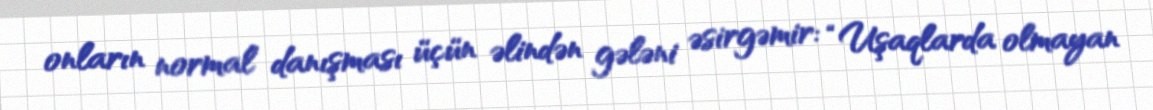
onların normal danışması üçün əlindən gələni əsirgəmir: “Uşaqlarda olmayan